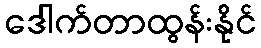
ဒေါက်တာထွန်းနိုင်